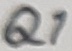
Text: Q1